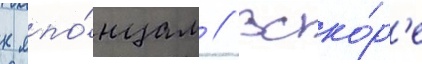
к япо́нцам // Вско́р'е